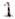
1